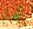
أشجار